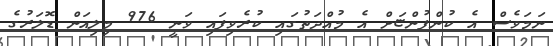
ނަމަވެސް އެ ކުންފުންޏަށް އެ މުއްދަތުގައި ކުރެވިފައި ވަނީ 976 މިލިއަން ޑޮލަރުގެ